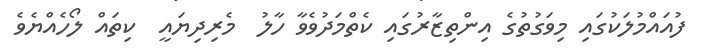
ފުއައްމުލަކުގައި މިވަގުތުގެ އިންތިޒާރުގައި ކެތްމަދުވެވާ ހާލު  މެރިދިޔައީ  ކިތައް ލޯހެއްޔެވެ